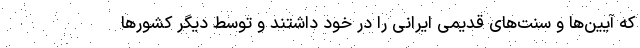
که آیین‌ها و سنت‌های قدیمی ایرانی را در خود داشتند و توسط دیگر کشورها